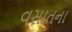
વસાતના